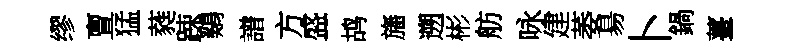
缪亶猛蕤踈鷄譜方盛鸪旛遡彬舫咏建萎昜卜鍋薹